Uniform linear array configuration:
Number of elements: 48
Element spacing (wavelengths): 1
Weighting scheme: uniform
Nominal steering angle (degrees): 30
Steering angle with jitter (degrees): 31.62
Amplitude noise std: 0.05
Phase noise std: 0.05

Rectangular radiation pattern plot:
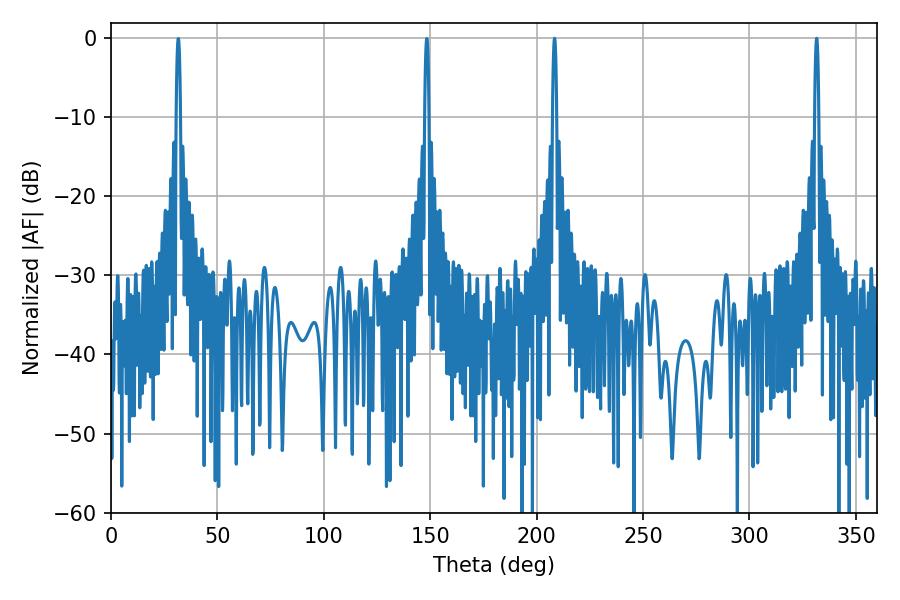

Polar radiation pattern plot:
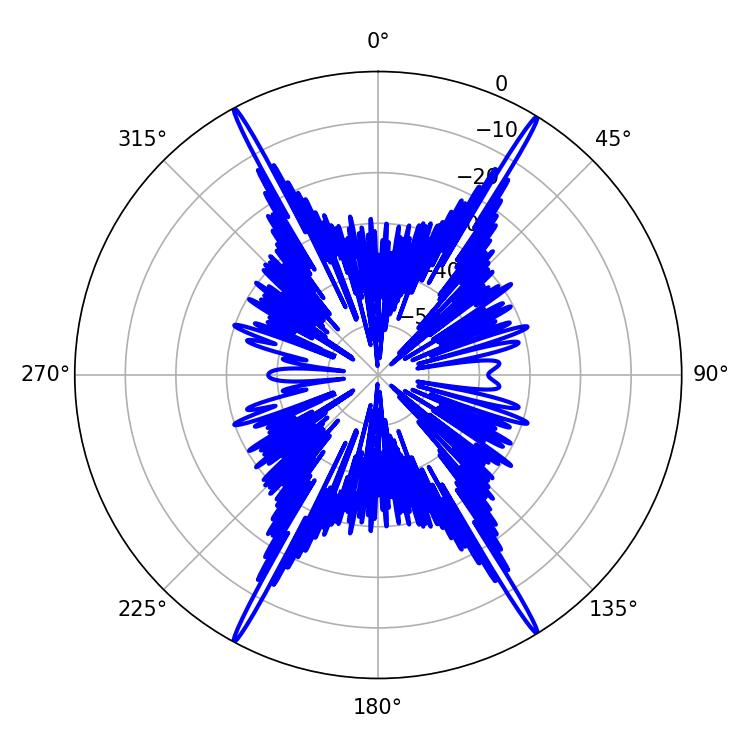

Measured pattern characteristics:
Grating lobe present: TRUE
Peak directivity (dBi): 27.995
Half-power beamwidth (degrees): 1.08
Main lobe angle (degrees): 331.56